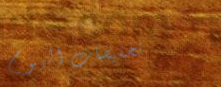
تخفيضات اليوم